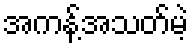
အကန့်အသတ်မဲ့